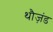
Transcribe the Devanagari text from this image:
थौज़ंड